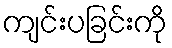
ကျင်းပခြင်းကို